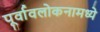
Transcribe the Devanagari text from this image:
पूर्वावलोकनामध्ये